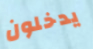
يدخلون